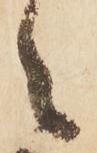
々